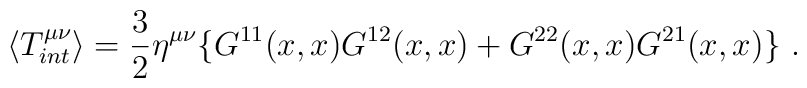
\langle T_{int}^{\mu \nu} \rangle = \frac{3}{2} \eta^{\mu \nu}\{ G^{11}(x,x)G^{12}(x,x) + G^{22}(x,x)G^{21}(x,x) \} \ .